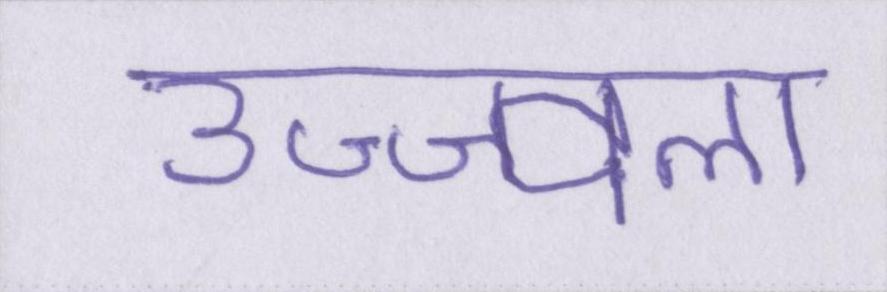
उज्ज्वला